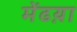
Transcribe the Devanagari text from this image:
मेंढय़ा